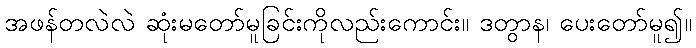
အဖန်တလဲလဲ ဆုံးမတော်မူခြင်းကိုလည်းကောင်း။ ဒတွာန၊ ပေးတော်မူ၍။